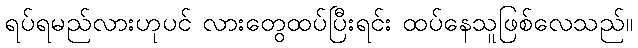
ရပ်ရမည်လားဟုပင် လားတွေထပ်ပြီးရင်း ထပ်နေသူဖြစ်လေသည်။